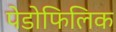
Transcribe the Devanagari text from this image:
पेडोफिलिक